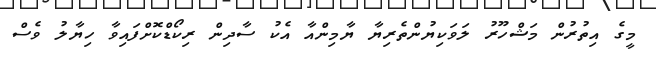
މީގެ އިތުރުން މަޝްހޫރު ލަވަކިޔުންތެރިޔާ ޔާމިންއާ އެކު ސާދިން ރިކޯޑްކޮށްފައިވާ ހިޔާލު ވެސް